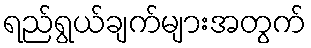
ရည်ရွယ်ချက်များအတွက်